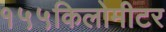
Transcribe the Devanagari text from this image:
१५५किलोमीटर